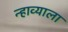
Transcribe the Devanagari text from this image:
न्हाव्याला